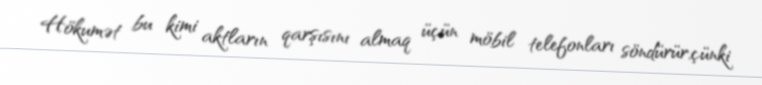
Hökumət bu kimi aktların qarşısını almaq üçün möbil telefonları söndürür,çünki